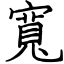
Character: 寬